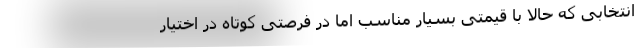
انتخابی که حالا با قیمتی بسیار مناسب اما در فرصتی کوتاه در اختیار